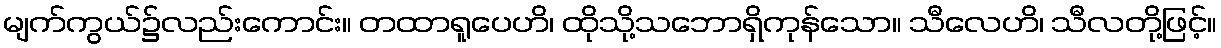
မျက်ကွယ်၌လည်းကောင်း။ တထာရူပေဟိ၊ ထိုသို့သဘောရှိကုန်သော။ သီလေဟိ၊ သီလတို့ဖြင့်။